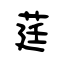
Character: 莛